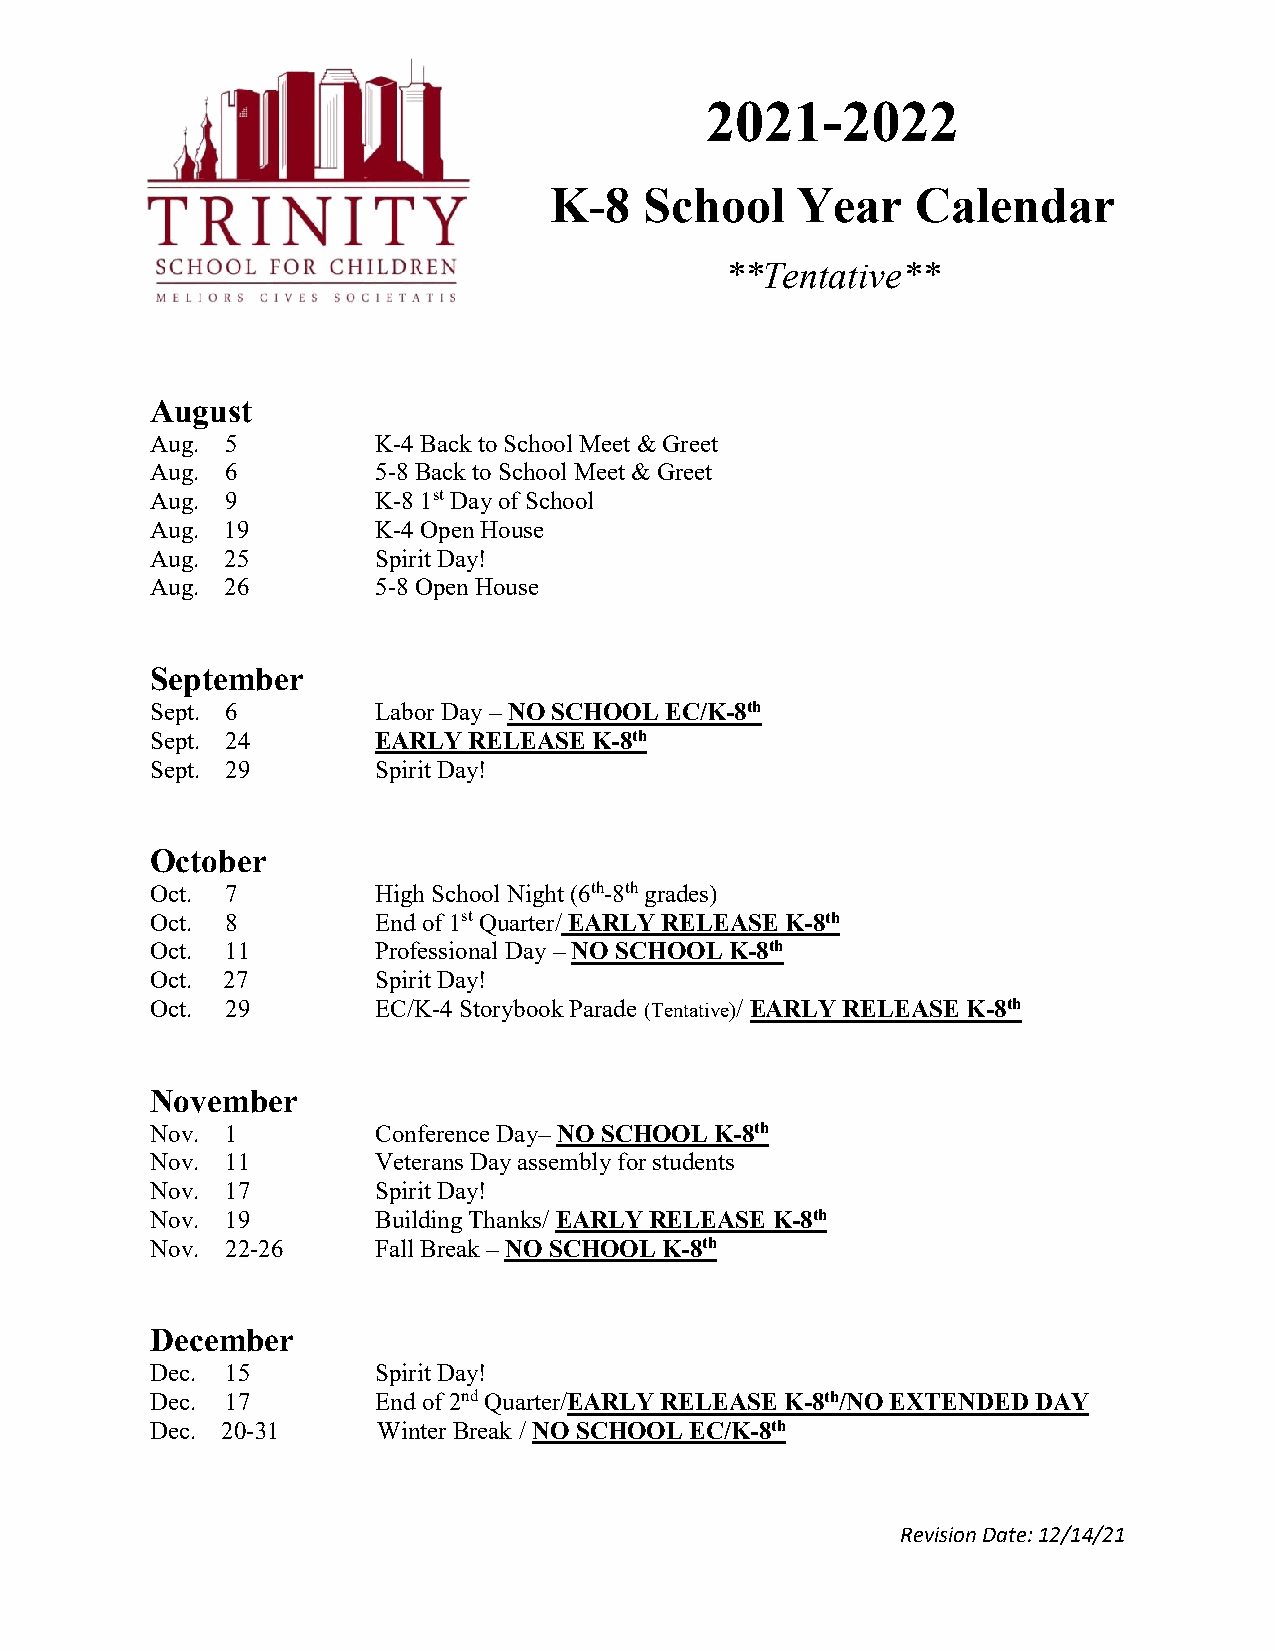
2021-2022
 K-8    School    Year    Calendar
 **Tentative**
 August
 Aug. 5         K-4 Back to School Meet & Greet
 Aug. 6         5-8 Back to School Meet & Greet
 Aug. 9         K-8 1st Day of School
 Aug. 19        K-4 Open House
 Aug. 25        Spirit Day!
 Aug. 26        5-8 Open House
 September
 Sept. 6        Labor Day – NO SCHOOL EC/K-8th
 Sept. 24       EARLY RELEASE K-8th
 Sept. 29       Spirit Day!
 October
 Oct. 7         High School Night (6th-8th grades)
 Oct. 8         End of 1st Quarter/ EARLY RELEASE K-8th
 Oct. 11        Professional Day – NO SCHOOL K-8th
 Oct. 27        Spirit Day!
 Oct. 29        EC/K-4 Storybook Parade (Tentative)/ EARLY RELEASE K-8th
 November
 Nov. 1         Conference Day– NO SCHOOL K-8th
 Nov. 11        Veterans Day assembly for students
 Nov. 17        Spirit Day!
 Nov. 19        Building Thanks/ EARLY RELEASE K-8th
 Nov. 22-26     Fall Break – NO SCHOOL K-8th
 December
 Dec. 15        Spirit Day!
 Dec. 17        End of 2nd Quarter/EARLY RELEASE K-8th/NO EXTENDED DAY
 Dec. 20-31     Winter Break / NO SCHOOL EC/K-8th
 Revision Date: 12/14/21